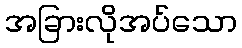
အခြားလိုအပ်သော